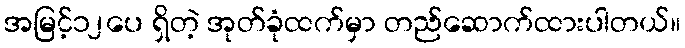
အမြင့်၁၂ပေ ရှိတဲ့ အုတ်ခုံထက်မှာ တည်ဆောက်ထားပါတယ်။